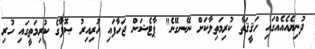
ދުނިޔެއެއެއްގައި ހަޤީޤަތާ ކުރިމަތިލާކަށް ނޭނގޭނެ" ޕާޓެޝަން ޖަހާފައި ހުރިއިރު ޞޮފާގެ ކުރިމަތީގައި ހުރި